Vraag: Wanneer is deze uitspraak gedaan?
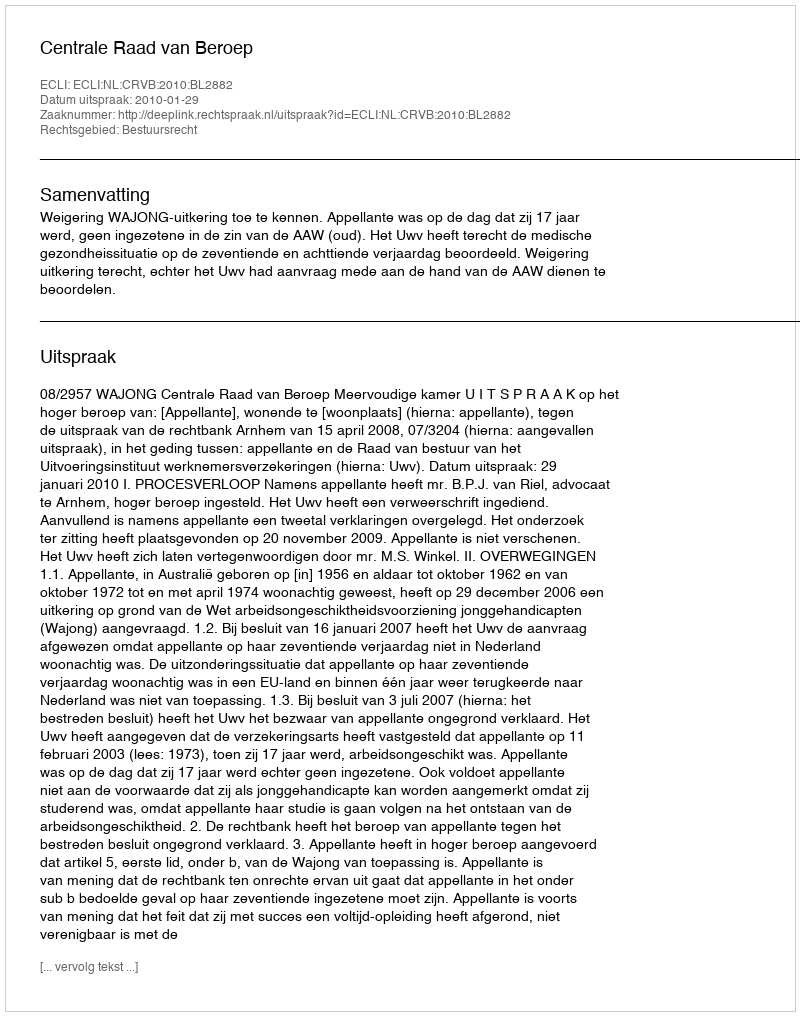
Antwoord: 2010-01-29